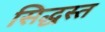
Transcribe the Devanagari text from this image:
सिद्धस्त